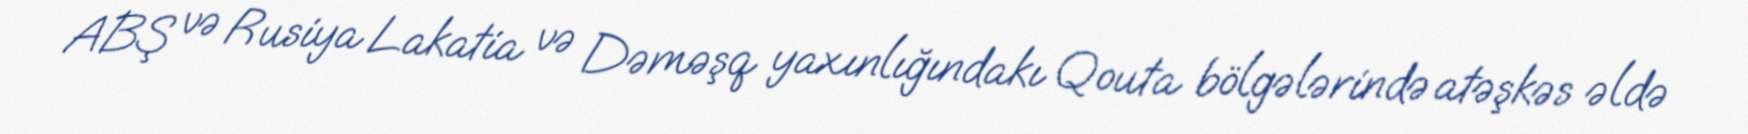
ABŞ və Rusiya Lakatia və Dəməşq yaxınlığındakı Qouta bölgələrində atəşkəs əldə